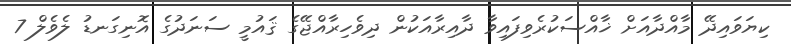
ކިޔަވައިދޭ މާއްދާއަށް ޚާއްސަކުރެވިފައިވާ ދާއިރާއަކުން ދިވެހިރާއްޖޭގެ ޤައުމީ ސަނަދުގެ އޮނިގަނޑު ލެވެލް 7